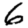
Digit: 6